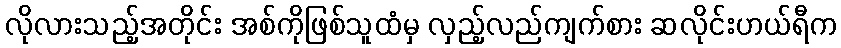
လိုလားသည့်အတိုင်း အစ်ကိုဖြစ်သူထံမှ လှည့်လည်ကျက်စား ဆလိုင်းဟယ်ရီက